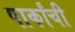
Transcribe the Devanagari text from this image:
पार्कांची